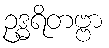
ဥဒ္ဓရိတဗ္ဗာ